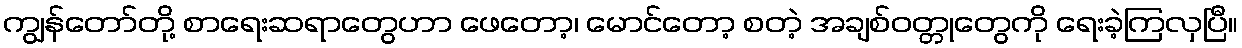
ကျွန်တော်တို့ စာရေးဆရာတွေဟာ ဖေတော့၊ မောင်တော့ စတဲ့ အချစ်ဝတ္တုတွေကို ရေးခဲ့ကြလှပြီ။